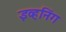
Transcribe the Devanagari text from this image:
इव्हनिंग